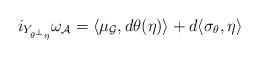
LaTeX: \begin{align*}i_{Y_{\theta^{\perp}\eta}}\omega_{\mathcal{A}}=\langle\mu_{\mathcal{G}},d\theta(\eta) \rangle +d\langle \sigma_{\theta},\eta\rangle\end{align*}